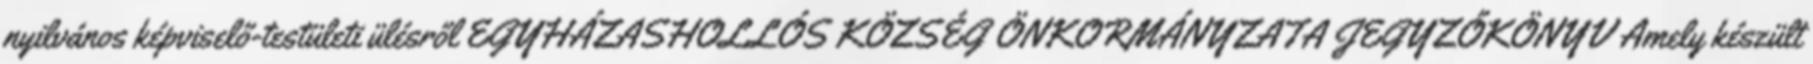
nyilvános képviselő-testületi ülésről EGYHÁZASHOLLÓS KÖZSÉG ÖNKORMÁNYZATA JEGYZŐKÖNYV Amely készült